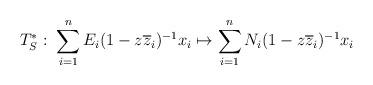
LaTeX: \begin{align*}T_S^*: \; \sum_{i=1}^n E_i(1-z\overline{z}_i)^{-1}x_i\mapsto \sum_{i=1}^nN_i(1-z\overline{z}_i)^{-1}x_i \end{align*}